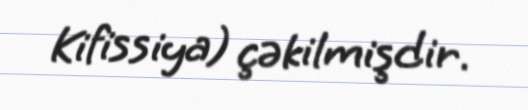
Kifissiya) çəkilmişdir.